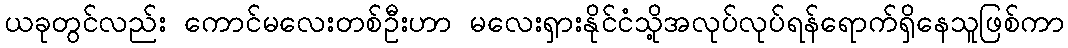
ယခုတွင်လည်း ကောင်မလေးတစ်ဦးဟာ မလေးရှားနိုင်ငံသို့အလုပ်လုပ်ရန်ရောက်ရှိနေသူဖြစ်ကာ